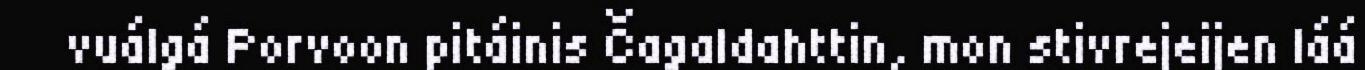
vuálgá Porvoon pitáinis Čagaldahttin, mon stivrejeijen láá